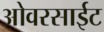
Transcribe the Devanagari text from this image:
ओवरसाईट